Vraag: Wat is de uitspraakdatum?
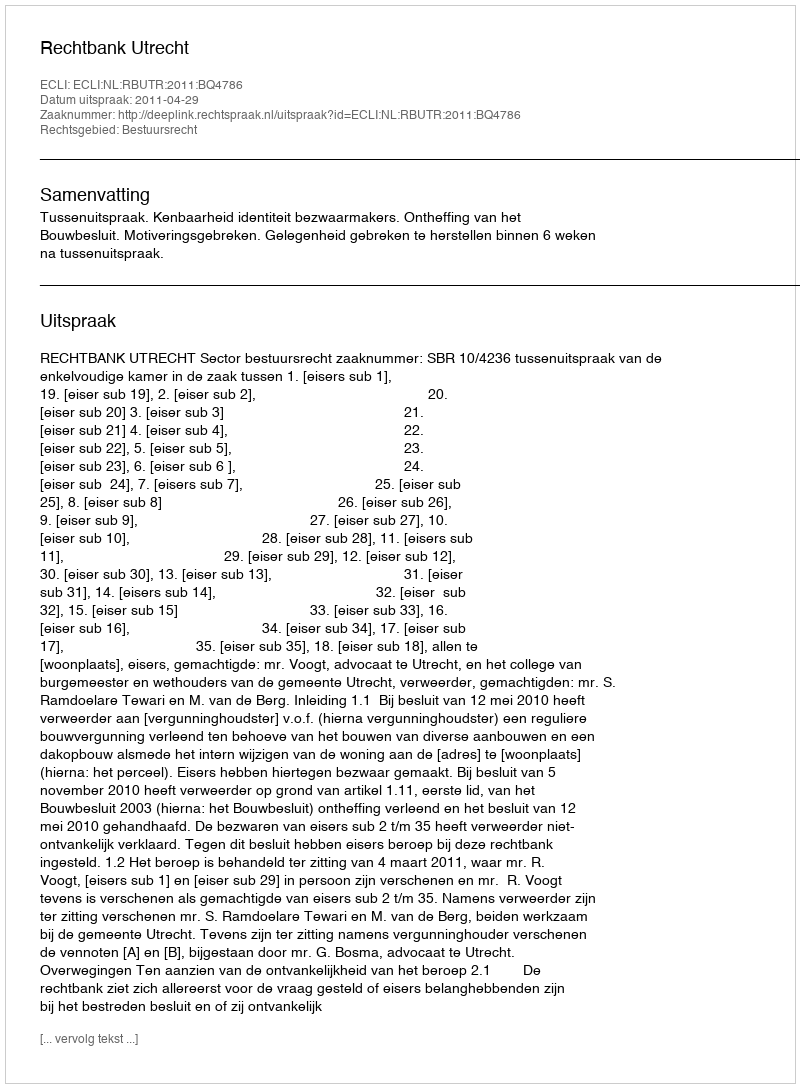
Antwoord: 2011-04-29